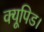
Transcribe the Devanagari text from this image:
क्यूपिड।